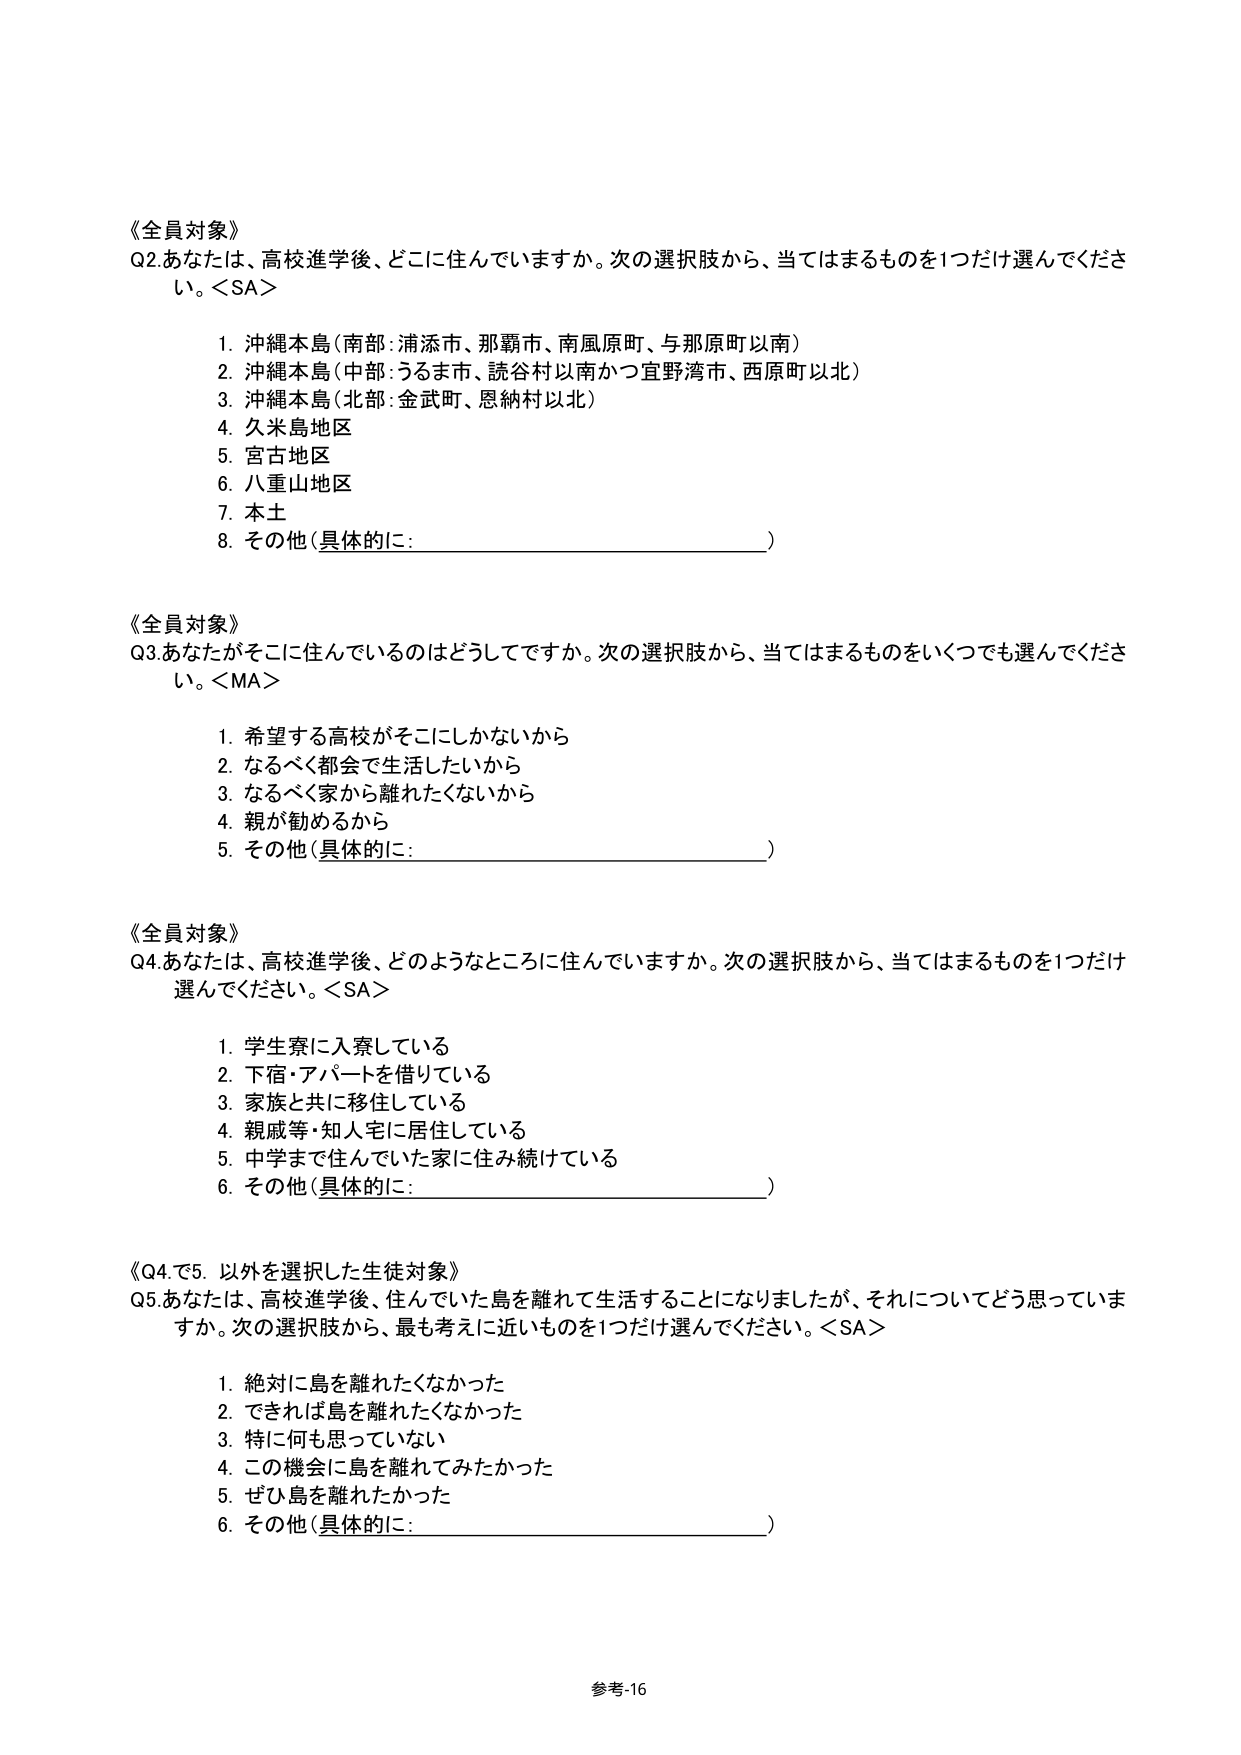
《全員対象》
Q2.あなたは、高校進学後、どこに住んでいますか。次の選択肢から、当てはまるものを1つだけ選んでください。<SA>
1. 沖縄本島（南部：浦添市、那覇市、南風原町、与那原町以南）
2. 沖縄本島（中部：うるま市、読谷村以南かつ宜野湾市、西原町以北）
3. 沖縄本島（北部：金武町、恩納村以北）
4. 久米島地区
5. 宮古地区
6. 八重山地区
7. 本土
8. その他（具体的に：________________________）

《全員対象》
Q3.あなたがそこに住んでいるのはどうしてですか。次の選択肢から、当てはまるものをいくつでも選んでください。<MA>
1. 希望する高校がそこにしかないから
2. なるべく都会で生活したいから
3. なるべく家から離れたくないから
4. 親が勧めるから
5. その他（具体的に：________________________）

《全員対象》
Q4.あなたは、高校進学後、どのようなところに住んでいますか。次の選択肢から、当てはまるものを1つだけ選んでください。<SA>
1. 学生寮に入寮している
2. 下宿・アパートを借りている
3. 家族と共に移住している
4. 親戚等・知人宅に居住している
5. 中学まで住んでいた家に住み続けている
6. その他（具体的に：________________________）

《Q4.で5. 以外を選択した生徒対象》
Q5.あなたは、高校進学後、住んでいた島を離れて生活することになりましたが、それについてどう思っていますか。次の選択肢から、最も考えに近いものを1つだけ選んでください。<SA>
1. 絶対に島を離れたくなかった
2. できれば島を離れたくなかった
3. 特に何も思っていない
4. この機会に島を離れてみたかった
5. ぜひ島を離れたくった
6. その他（具体的に：________________________）

参考-16